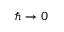
\hbar \rightarrow 0